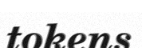
tokens